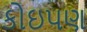
કોઇપણ